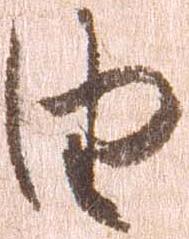
由